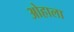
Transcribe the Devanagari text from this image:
ओहाला